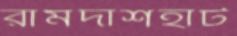
রামদাশহাট